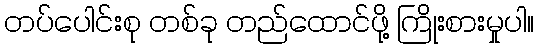
တပ်ပေါင်းစု တစ်ခု တည်ထောင်ဖို့ ကြိုးစားမှုပါ။